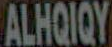
ALHQIQY